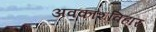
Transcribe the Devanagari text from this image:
अवकाशविहार